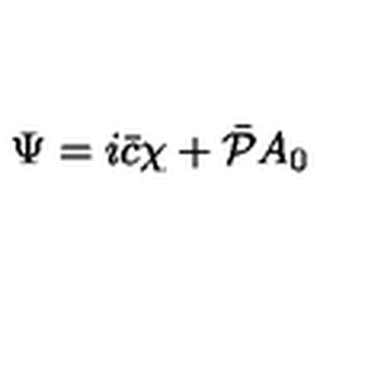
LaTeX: \Psi = i \bar { c } \chi + \bar { \cal P } A _ { 0 }